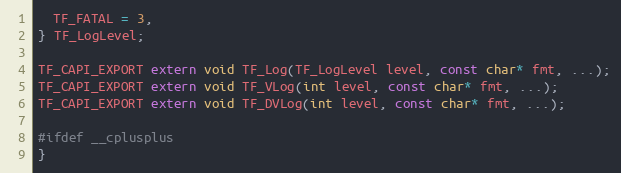
Language: C
  TF_FATAL = 3,
} TF_LogLevel;

TF_CAPI_EXPORT extern void TF_Log(TF_LogLevel level, const char* fmt, ...);
TF_CAPI_EXPORT extern void TF_VLog(int level, const char* fmt, ...);
TF_CAPI_EXPORT extern void TF_DVLog(int level, const char* fmt, ...);

#ifdef __cplusplus
}